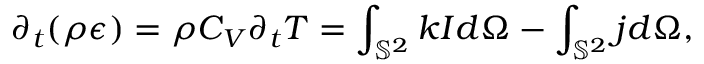
\partial _ { t } ( \rho \epsilon ) = \rho C _ { V } \partial _ { t } T = \int _ { \mathbb { S } ^ { 2 } } k I d \Omega - \int _ { \mathbb { S } ^ { 2 } } j d \Omega ,